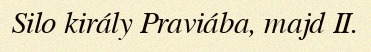
Silo király Praviába, majd II.